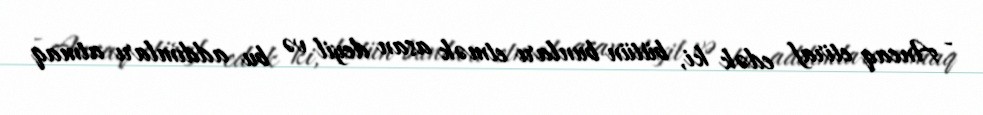
- Ancaq etiraf edək ki, bütün bunları etmək asan deyil və bu addımları atmaq